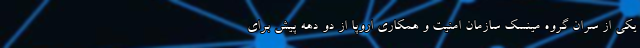
یکی از سران گروه مینسک سازمان امنیت و همکاری اروپا از دو دهه پیش برای